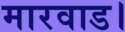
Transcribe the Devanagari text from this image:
मारवाड।